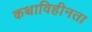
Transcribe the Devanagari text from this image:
कथाविहीनता